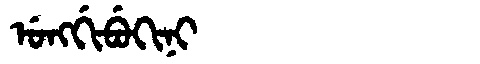
Manchu: ᡠᠩᡤᡳᠪᡠᡴᡳᠨᡳ
Romanization: UNGGIBUKINI